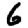
Digit: 6